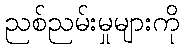
ညစ်ညမ်းမှုများကို